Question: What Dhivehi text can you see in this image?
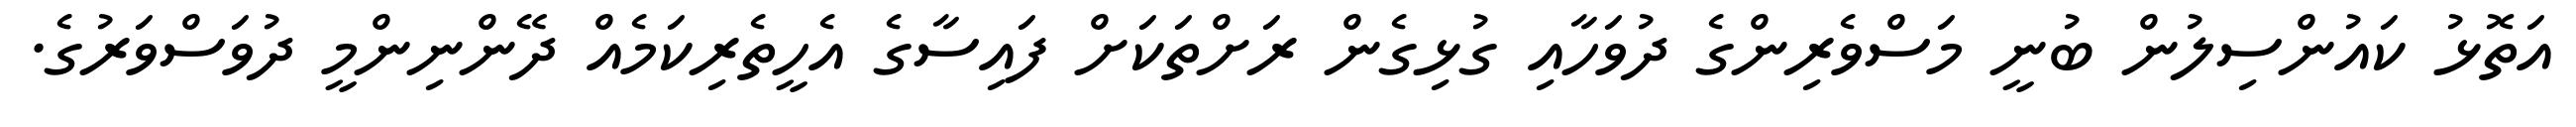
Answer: އަތޮޅު ކައުންސިލުން ބުނީ މަސްވެރިންގެ ދުވަހާއި ގުޅިގެން ރަށްތަކަށް ފައިސާގެ އެހީތެރިކަމެއް ދޭންނިންމީ ދުވަސްވަރުގެ.